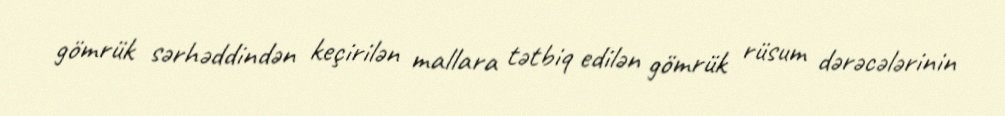
gömrük sərhəddindən keçirilən mallara tətbiq edilən gömrük rüsum dərəcələrinin